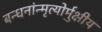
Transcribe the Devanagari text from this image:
बन्धनांन्मृत्योर्मुक्षीय